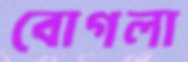
বোগলা